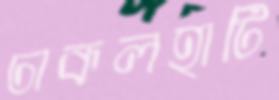
ঢাকলহাটি